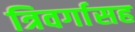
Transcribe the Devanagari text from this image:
त्रिवर्गासह